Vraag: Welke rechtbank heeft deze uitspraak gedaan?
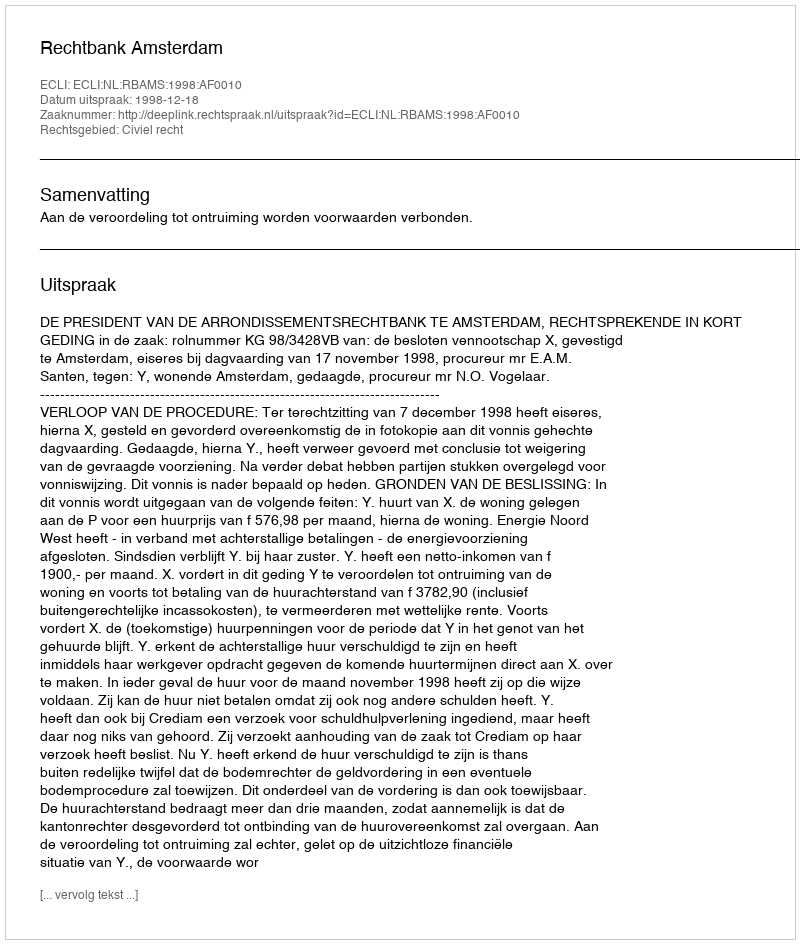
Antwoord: Rechtbank Amsterdam